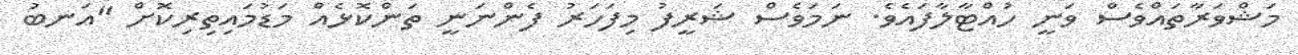
މަޝްވަރާތައްވެސް ވަނީ ހުއްޓާލާފައެވެ. ނަމަވެސް ޝަރީފު މިފަހަރު ފެންނަނީ ތަންކޮޅެއް މަޑުމައިތިރިކޮށް "އަނބު